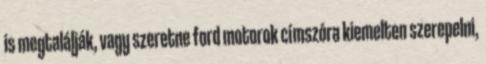
is megtalálják, vagy szeretne ford motorok címszóra kiemelten szerepelni,